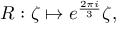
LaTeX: R : \zeta \mapsto e ^ { \frac { 2 \pi i } { 3 } } \zeta ,